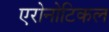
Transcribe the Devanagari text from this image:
एरोनोटिकल